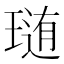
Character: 𤨂